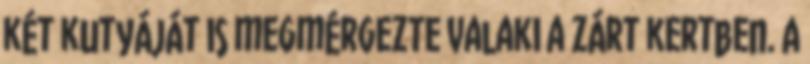
két kutyáját is megmérgezte valaki a zárt kertben. A